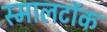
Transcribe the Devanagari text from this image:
स्मालटॉक